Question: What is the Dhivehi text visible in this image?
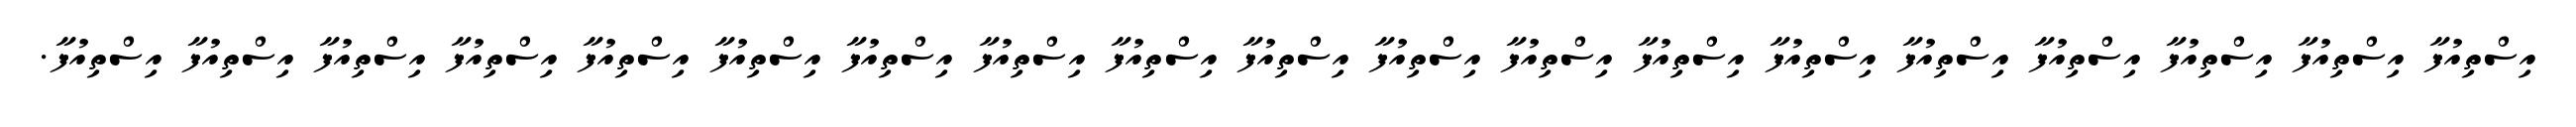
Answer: އިސްތިއުފާ އިސްތިއުފާ އިސްތިއުފާ އިސްތިއުފާ އިސްތިއުފާ އިސްތިއުފާ އިސްތިއުފާ އިސްތިއުފާ އިސްތިއުފާ އިސްތިއުފާ އިސްތިއުފާ އިސްތިއުފާ އިސްތިއުފާ އިސްތިއުފާ އިސްތިއުފާ އިސްތިއުފާ އިސްތިއުފާ އިސްތިއުފާ އިސްތިއުފާ.